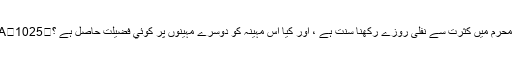
Q/A	1025	کیا محرم میں کثرت سے نفلی روزے رکھنا سنت ہے ، اور کیا اس مہینہ کو دوسرے مہینوں پر کوئي فضیلت حاصل ہے ؟